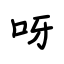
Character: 呀